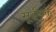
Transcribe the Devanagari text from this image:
सूईयुक्त